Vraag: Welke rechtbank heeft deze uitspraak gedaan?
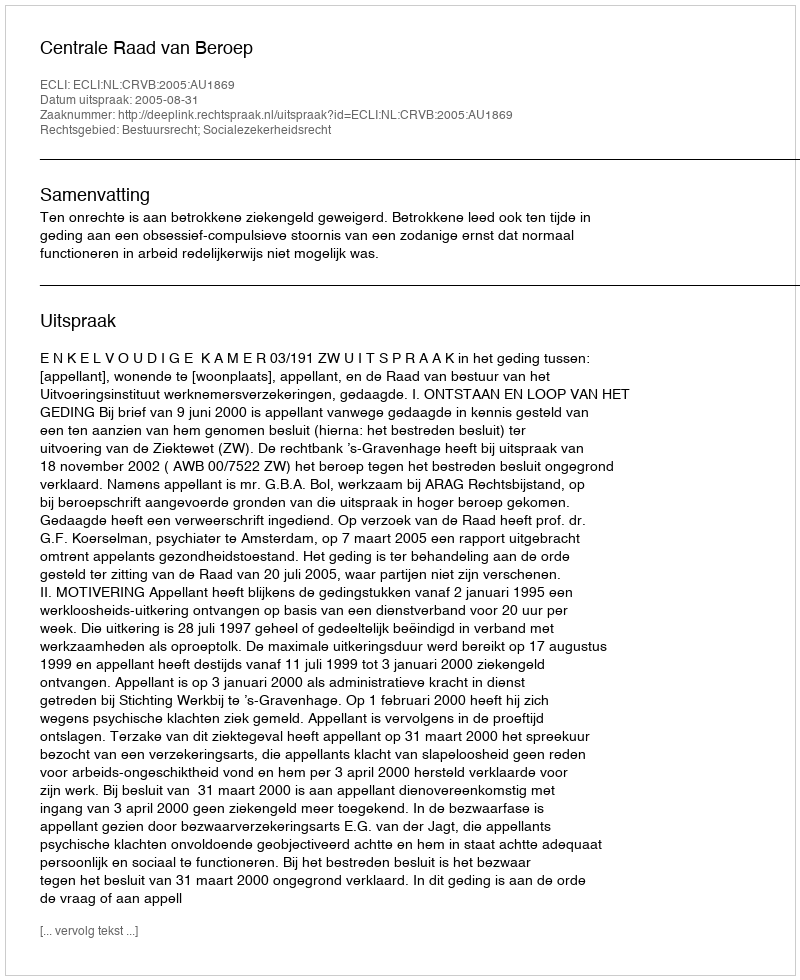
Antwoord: Centrale Raad van Beroep